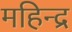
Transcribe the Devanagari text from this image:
महिन्द्र